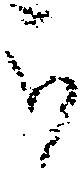
被